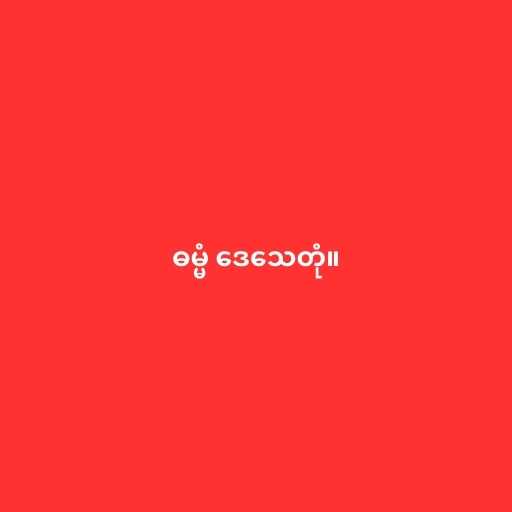
ဓမ္မံ ဒေသေတုံ။